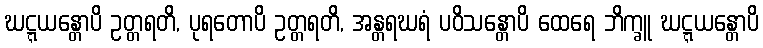
ဃဋ္ဋယန္တောပိ ဥတ္တရတိ, ပုရတောပိ ဥတ္တရတိ, အန္တရဃရံ ပဝိသန္တောပိ ထေရေ ဘိက္ခူ ဃဋ္ဋယန္တောပိ